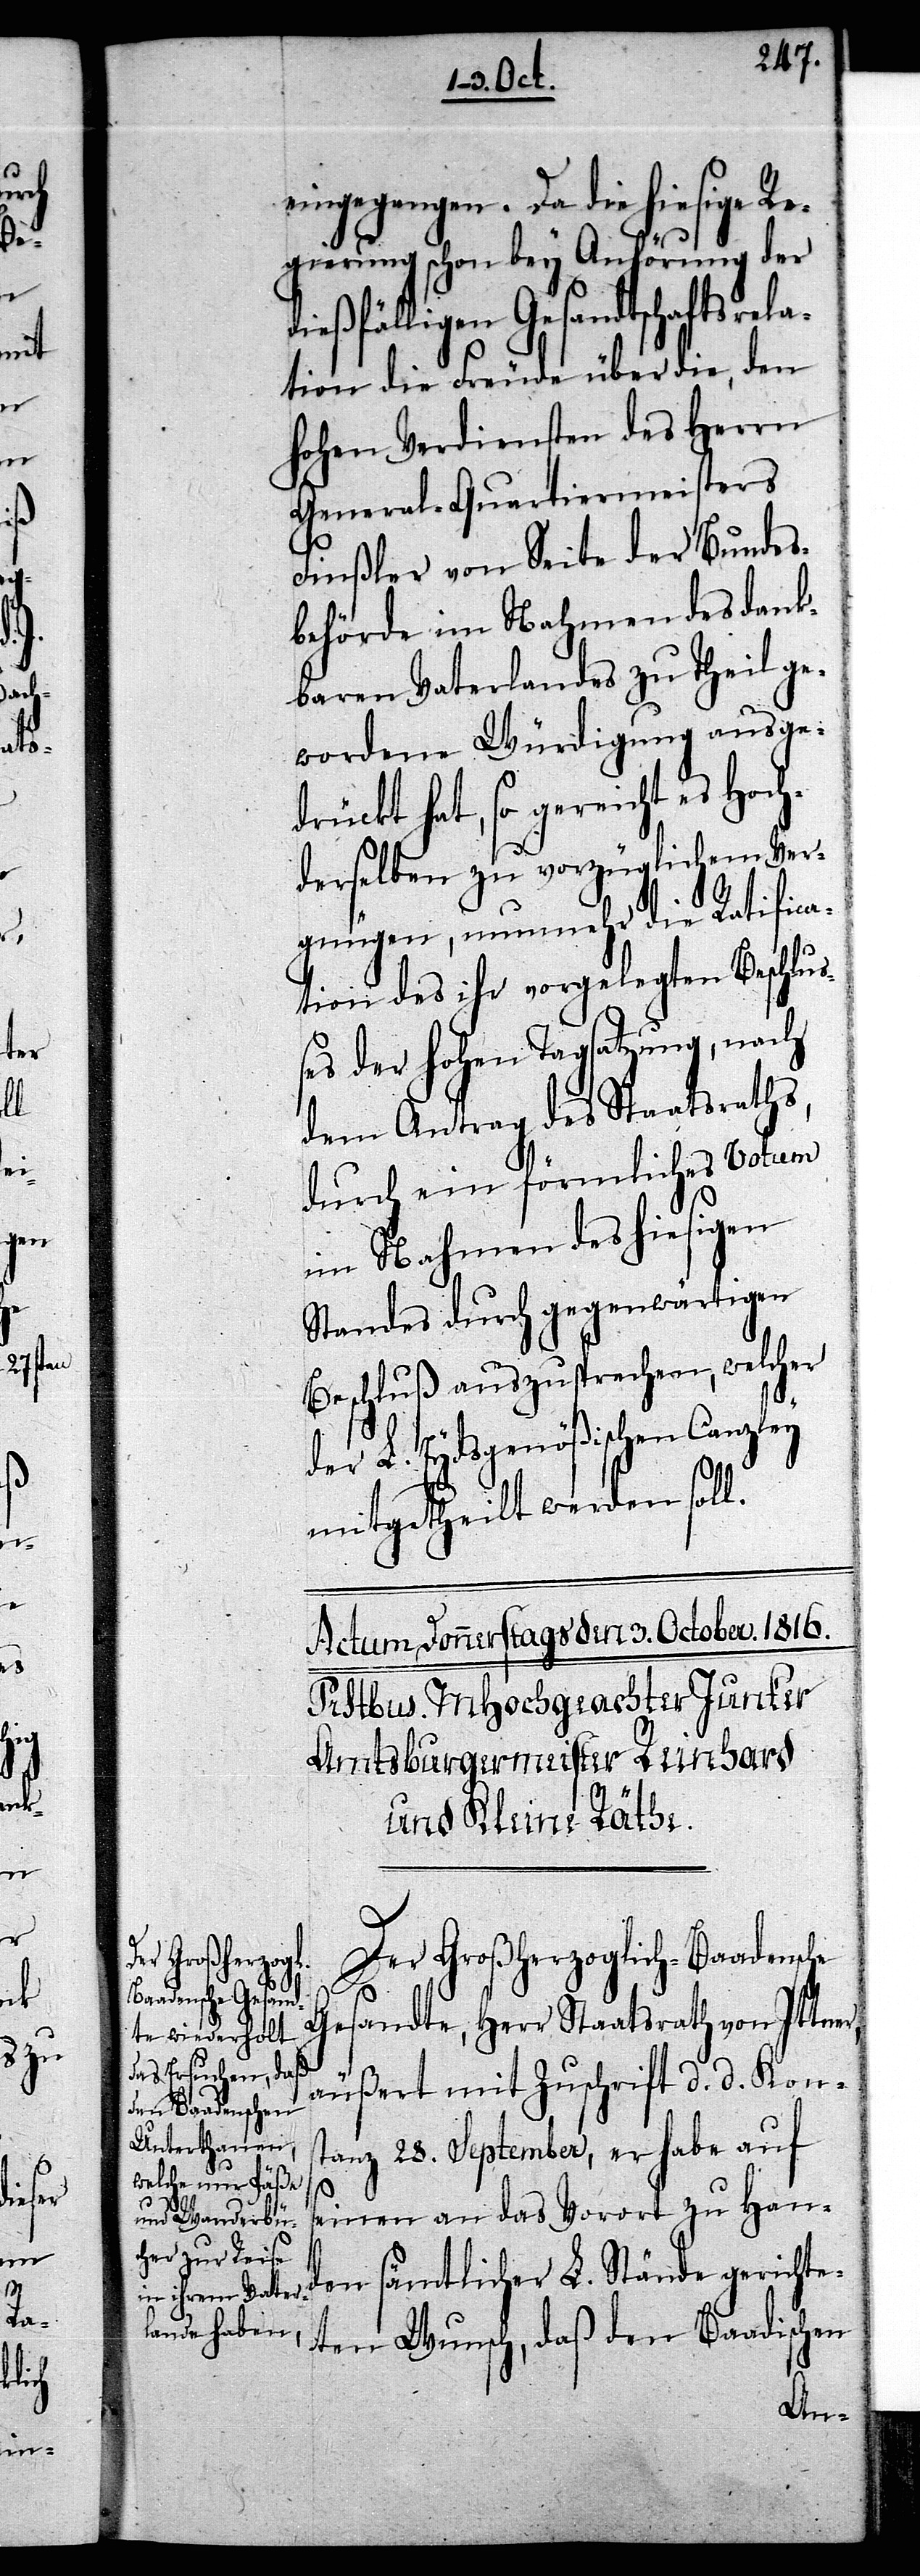
che

r,

eingegangen. Da die hiesige Re¬
gierung schon bey Anhörung der
ßfälligen Gesandtschaftsre¬
tion die Freude über die, den
hohen Verdiensten des Herrn
General-Quartiermeisters
Finßler von Seite der Bundes¬
behörde im Nahmen des dank¬
baren Vaterlandes zu Theil ge¬
wordene Würdigung ausgedr¬
ückt hat, so gereicht es Hoc¬
hderselben zu vorzüglichem Ver¬
gnügen, nunmehr die Ratifica¬
tion des ihr vorgelegten Beschlu¬
ßes der hohen Tagsatzung, nach
dem Antrag des Staatsrath¬
durch ein förmliches Votum
im Nahmen des hiesigen
Standes durch gegenwärtigen
Beschluß auszusprechen, welcher
der L. Eydsgenößischen Canzley
mitgetheilt werden soll.
Der Großherzoglich-Baadens¬
Gesandte, Herr Staatsrath von Ittne¬
äußert mit Zuschrift d. d. Kons¬
tanz 28. September, er habe auf
seinen an das Vorort zu Han¬
den sämtlicher L. Stände gerichte¬
ten Wunsch, daß den Baadischen